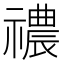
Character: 禯